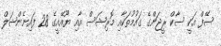
ސޭފް އަކީ ސާކް ރީޖަންގެ ގައުމުތަކާއި މޮރިޝަސް އާއި ޔޫއޭއީގެ 28 ފައިނެންޝަލް